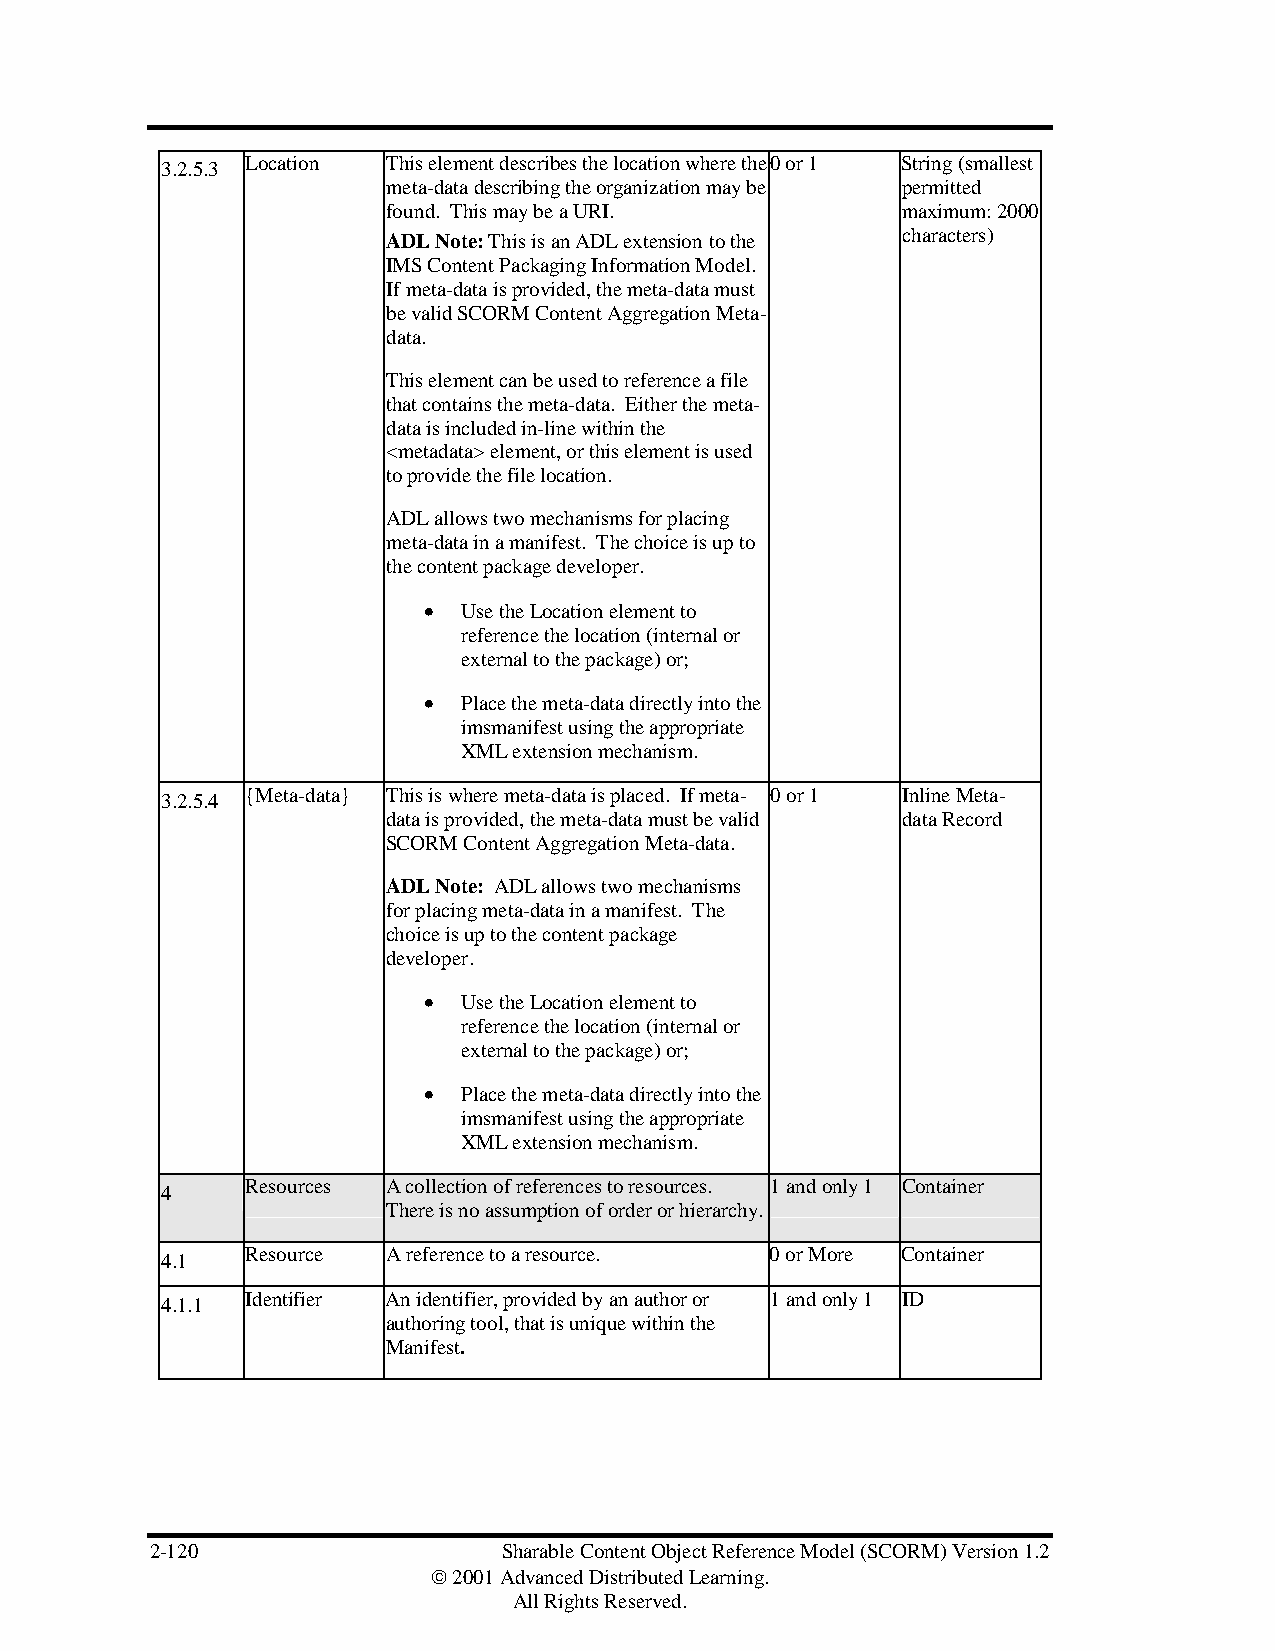
Location  This element describes the location where the 0 or 1 String (smallest
 3.2.5.3
 meta-data describing the organization may be permitted
 found. This may be a URI.         maximum: 2000
 ADL Note: This is an ADL extension to the characters)
 IMS Content Packaging Information Model.
 If meta-data is provided, the meta-data must
 be valid SCORM Content Aggregation Meta-
 data.
 This element can be used to reference a file
 that contains the meta-data. Either the meta-
 data is included in-line within the
 <metadata> element, or this element is used
 to provide the file location.
 ADL allows two mechanisms for placing
 meta-data in a manifest. The choice is up to
 the content package developer.
 •  Use the Location element to
 reference the location (internal or
 external to the package) or;
 •  Place the meta-data directly into the
 imsmanifest using the appropriate
 XML extension mechanism.
 {Meta-data} This is where meta-data is placed. If meta- 0 or 1 Inline Meta-
 3.2.5.4
 data is provided, the meta-data must be valid data Record
 SCORM Content Aggregation Meta-data.
 ADL Note: ADL allows two mechanisms
 for placing meta-data in a manifest. The
 choice is up to the content package
 developer.
 •  Use the Location element to
 reference the location (internal or
 external to the package) or;
 •  Place the meta-data directly into the
 imsmanifest using the appropriate
 XML extension mechanism.
 Resources A collection of references to resources. 1 and only 1 Container
 4
 There is no assumption of order or hierarchy.
 Resource  A reference to a resource. 0 or More Container
 4.1
 Identifier An identifier, provided by an author or 1 and only 1 ID
 4.1.1
 authoring tool, that is unique within the
 Manifest.
 2-120                  Sharable Content Object Reference Model (SCORM) Version 1.2
  2001 Advanced Distributed Learning.
 All Rights Reserved.